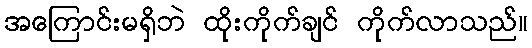
အကြောင်းမရှိဘဲ ထိုးကိုက်ချင် ကိုက်လာသည်။